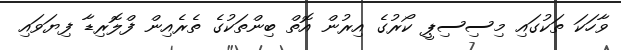
ވާހަކަ ތަކުގައި މިސިސިޕީ ކޯރުގެ އިރުން އޮތް ބިންތަކުގެ ތެރެއިން ފްލޮރިޑާ ފިޔަވައި